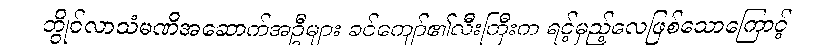
ဘွိုင်လာသံမဏိအဆောက်အဦများ ခင်ကျော်၏လီးကြီးက ရင့်မှည့်လေဖြစ်သောကြောင့်